Veterinary regulations India, 1939 -
Year: 1939
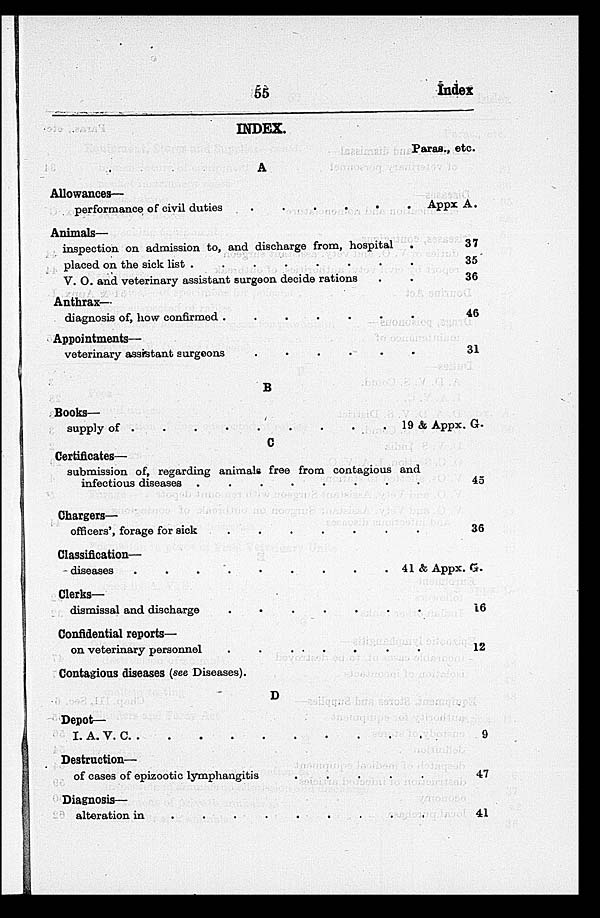
55
Index
INDEX.
A
Allowances—
performance of civil duties
.
.
.
.
.
.
Animals—
inspection on admission to, and discharge from, hospital .
placed on the sick list . . . . . .
V. O. and veterinary assistant surgeon decide rations .
Anthrax-
diagnosis of, how confirmed
.
.
.
.
.
.
Appointments—
veterinary assistant surgeons
.
.
.
.
.
.
B
Books—
supply of . . . . . . . . . . .
C
Certificates—
submission of, regarding animals free from contagious and
infectious diseases . . . . . . . . . . . .
Chargers—
officers', forage for sick
.
.
.
.
.
.
Classification—
diseases
.
.
.
.
.
.
Clerks—
dismissal and discharge
.
.
.
.
.
.
Confidential reports—
on veterinary personnel
.
.
.
.
.
.
Contagious diseases (see Diseases).
D
Depet—
I. A. V. C
.
.
.
.
.
.
Destruction—
of cases of epizootic lymphangitis
.
.
.
.
.
.
Diagnosis—
alteration in
Paras., etc.
Appx A.
37
35
36
46
31
19 & Appx. G.
45
36
41 & Appx. G.
16
12
9
47
41